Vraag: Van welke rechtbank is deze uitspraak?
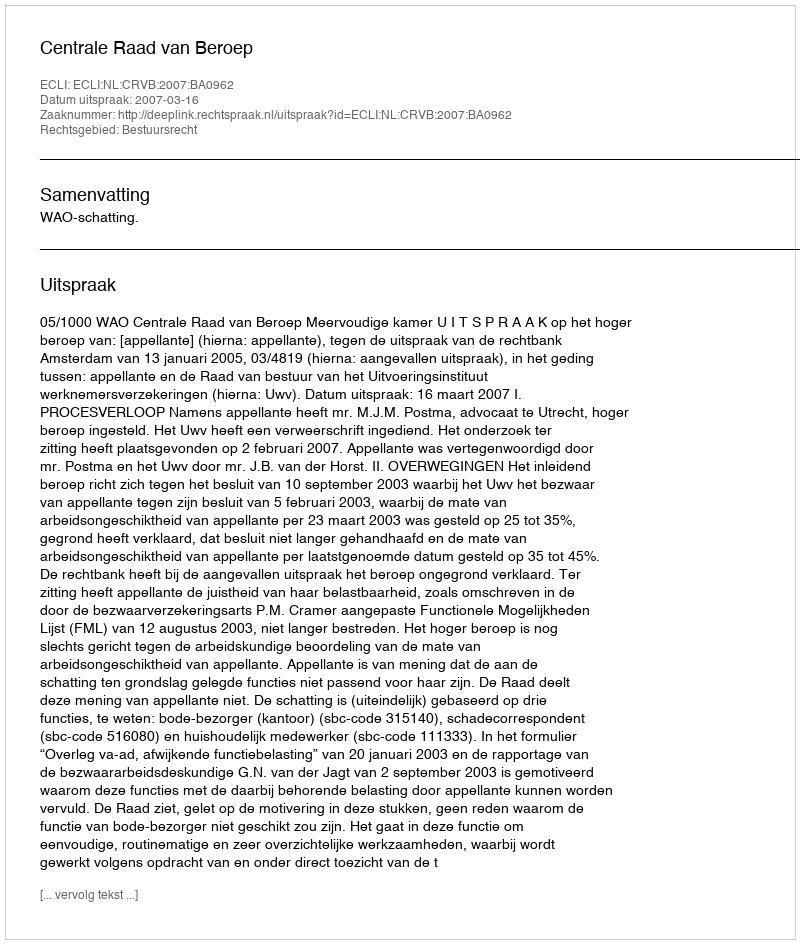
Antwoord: Centrale Raad van Beroep